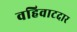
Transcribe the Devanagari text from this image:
वहिवाटदार